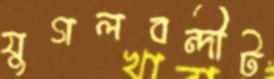
যুগলবন্দীট